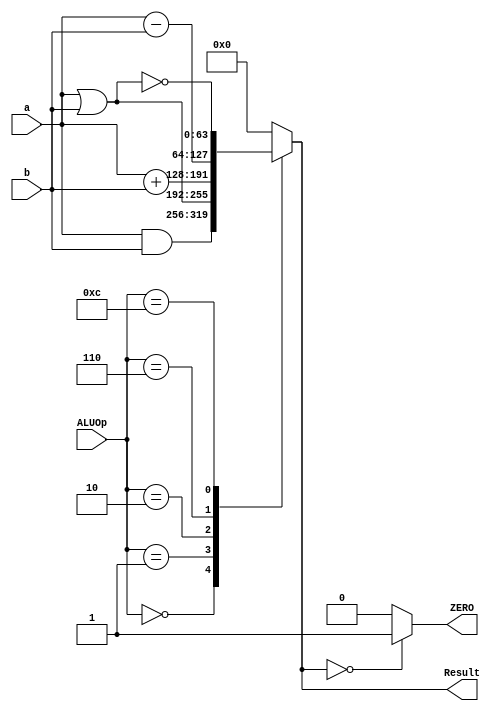
`timescale 1ns / 1ps

module ALU_64_bit
(
input [63:0]a, b,
input [3:0] ALUOp,
output reg [63:0] Result,
output reg ZERO
);
localparam [3:0]
AND = 4'b0000,
OR = 4'b0001,
ADD = 4'b0010,
Sub = 4'b0110,
NOR = 4'b1100;
//assign ZERO = (Result == 0);
always @ (ALUOp, a, b)
begin
case (ALUOp)
AND: Result = a & b;
OR: Result = a | b;
ADD: Result = a + b;
Sub: Result = a - b;
NOR: Result = ~(a | b);
default: Result = 0;
endcase
if (Result == 0)
        ZERO = 1;
      else
        ZERO = 0;
end
endmodule